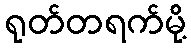
ရုတ်တရက်မို့